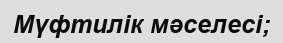
Мүфтилік мәселесі;